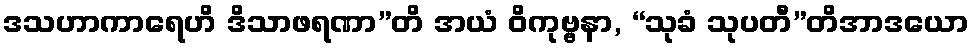
ဒသဟာကာရေဟိ ဒိသာဖရဏာ”တိ အယံ ဝိကုဗ္ဗနာ, “သုခံ သုပတီ”တိအာဒယော